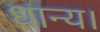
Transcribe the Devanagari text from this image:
धान्य।